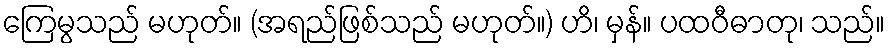
ကြေမွသည် မဟုတ်။ (အရည်ဖြစ်သည် မဟုတ်။) ဟိ၊ မှန်။ ပထဝီဓာတု၊ သည်။